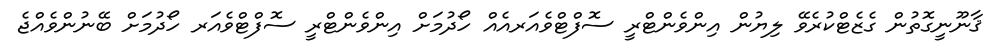
ޤާނޫނީގޮތުން ގެޒެޓްކުރެވޭ ލިޔުން އިންވެންޓްރީ ސޮފްޓްވެއަރއެއް ހޯދުމަށް އިންވެންޓްރީ ސޮފްޓްވެއަރ ހޯދުމަށް ބޭނުންވެއްޖެ